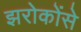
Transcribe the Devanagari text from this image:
झरोकोंसे